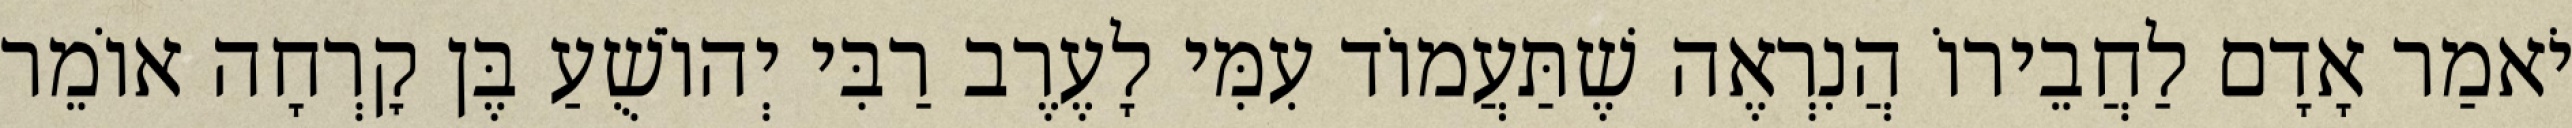
יֹאמַר אָדָם לַחֲבֵירוֹ הֲנִרְאֶה שֶׁתַּעֲמוֹד עִמִּי לָעֶרֶב רַבִּי יְהוֹשֻׁעַ בֶּן קׇרְחָה אוֹמֵר